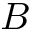
B